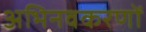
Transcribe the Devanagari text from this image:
अभिनवकरणों